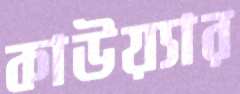
কাউয়্যার